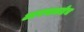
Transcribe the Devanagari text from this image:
आपणाकडेच